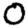
Digit: 0